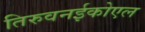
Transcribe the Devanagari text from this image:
तिरुवनईकोएल